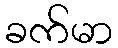
ခက်မာ